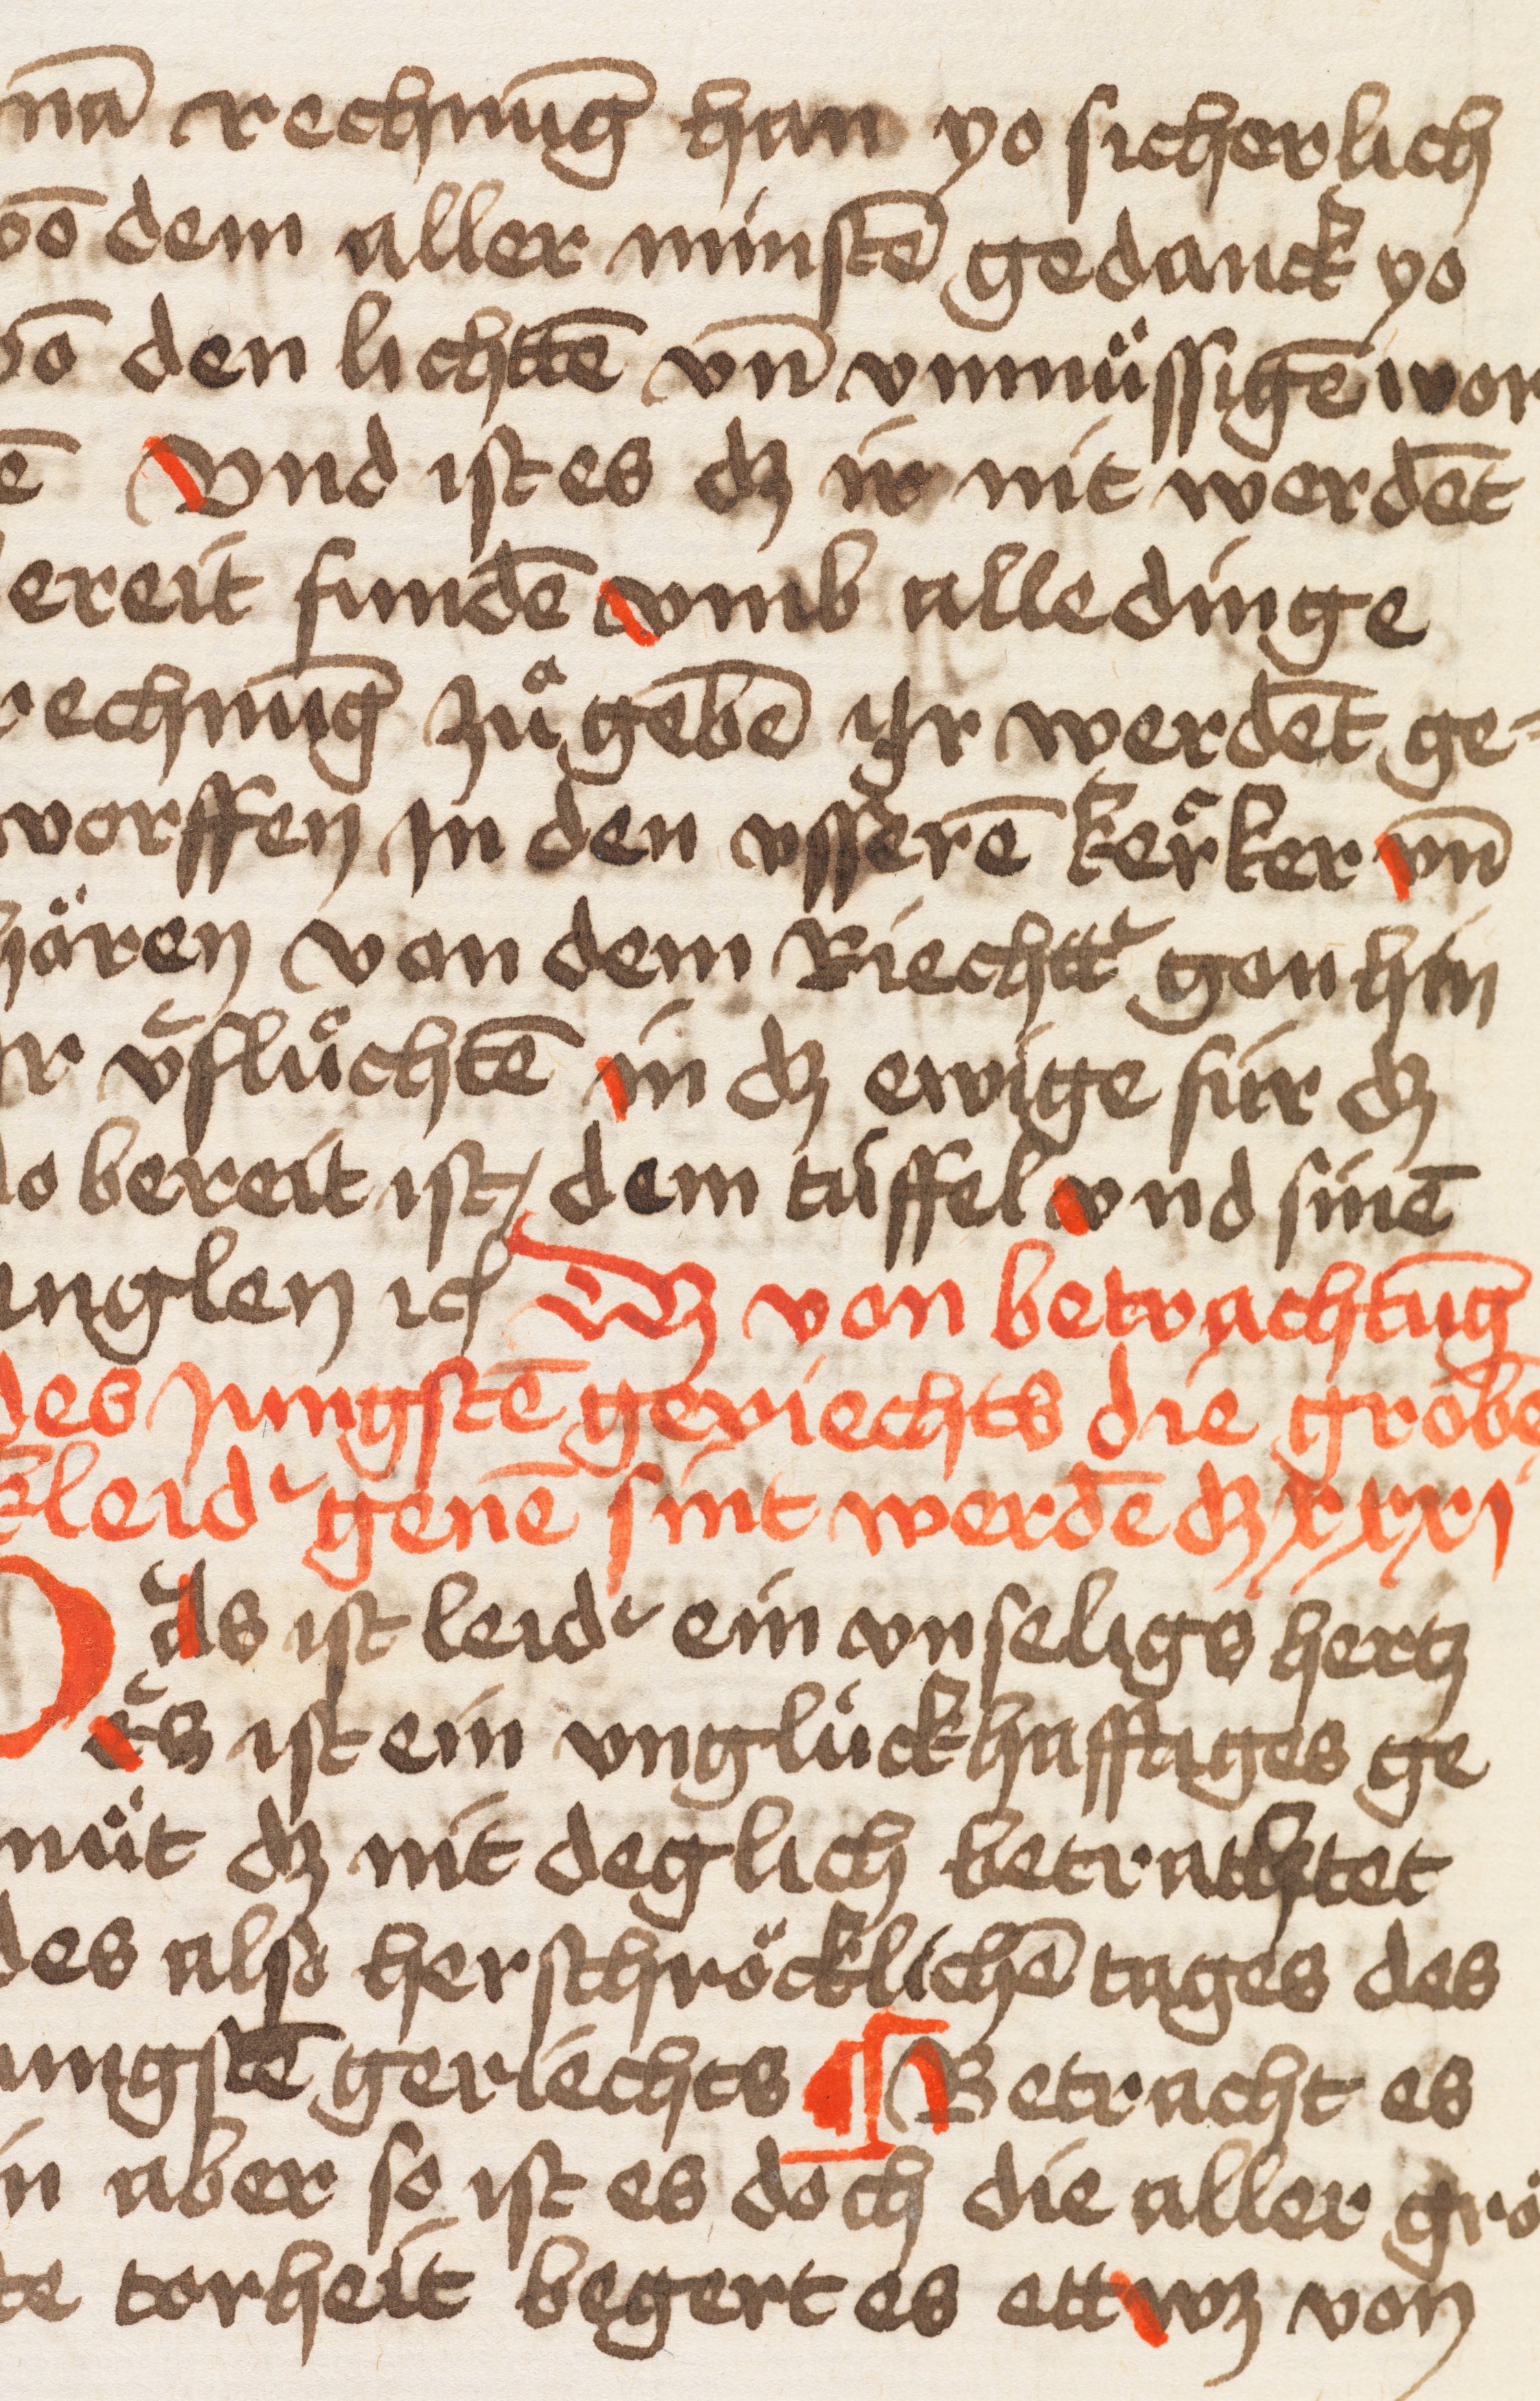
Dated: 1400–1499